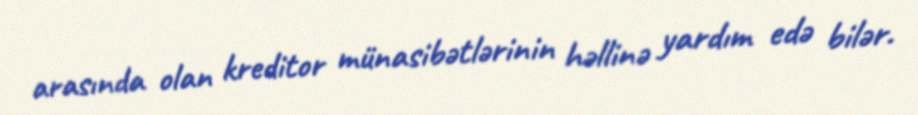
arasında olan kreditor münasibətlərinin həllinə yardım edə bilər.